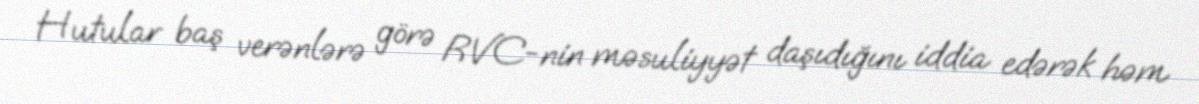
Hutular baş verənlərə görə RVC-nin məsuliyyət daşıdığını iddia edərək həm